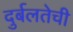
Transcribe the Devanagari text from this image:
दुर्बलतेची